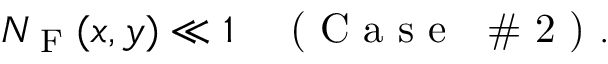
N _ { \textrm { F } } ( x , y ) \ll 1 \quad \textrm { ( C a s e ~ \# 2 ) } .